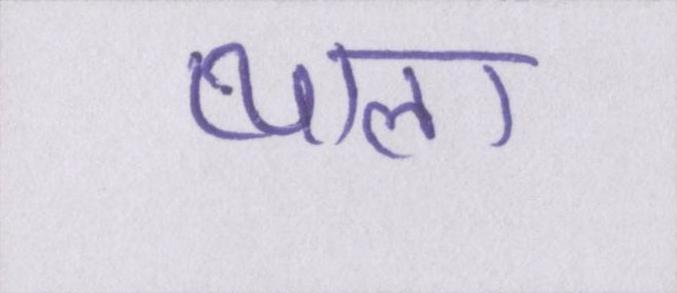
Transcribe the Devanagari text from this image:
प्याला